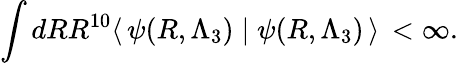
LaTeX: \int dRR^{10}\langle\, \psi(R,\Lambda_{3})\mid\psi(R,\Lambda_{3})\, \rangle\, <\infty.